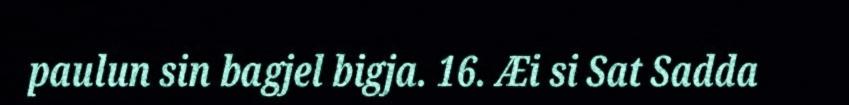
paulun sin bagjel bigja. 16. Æi si Sat Sadda